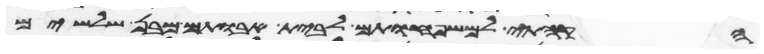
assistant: הקהתי למשפחותם לבית אבותם מבן שלשים